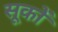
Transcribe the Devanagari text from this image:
सूकों